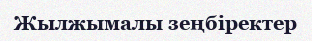
Жылжымалы зеңбіректер